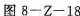
图8-Z-18